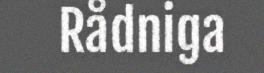
Rådniga